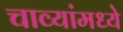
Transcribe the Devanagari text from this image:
चाव्यांमध्ये